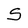
Character: S